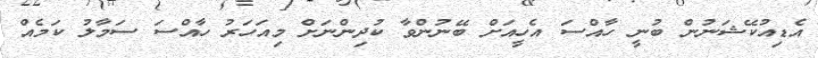
އެޑިއުކޭޝަނުން ބުނީ ހާއްސަ އެހީއަށް ބޭނުންވާ ކުދިންނަށް މިއަހަރު ހާއްސަ ސަމާލު ކަމެއް